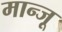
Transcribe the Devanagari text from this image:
मान्जू